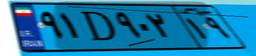
۹۱D۹۰۲۱۹